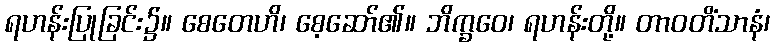
ရဟန်းပြုခြင်း၌။ စေတေဟိ၊ စေ့ဆော်၏။ ဘိက္ခဝေ၊ ရဟန်းတို့။ တာဝတိံသာနံ၊